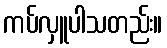
ကပ်လှူပါသတည်း။